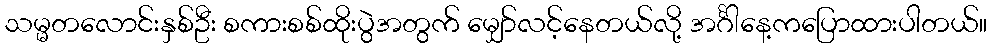
သမ္မတလောင်းနှစ်ဦး စကားစစ်ထိုးပွဲအတွက် မျှော်လင့်နေတယ်လို့ အင်္ဂါနေ့ကပြောထားပါတယ်။